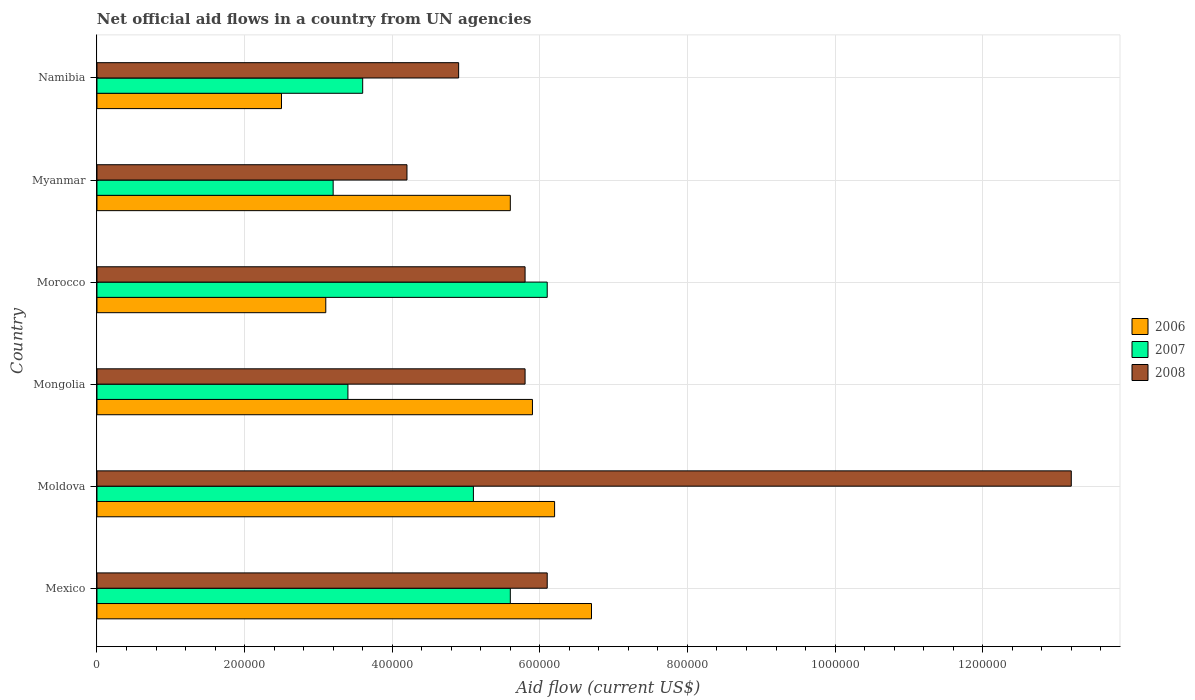
| Country | 2006 | 2007 | 2008 |
 | --- | --- | --- | --- |
 | Mexico | 6.7e+05 | 5.6e+05 | 6.1e+05 |
 | Moldova | 6.2e+05 | 5.1e+05 | 1.32e+06 |
 | Mongolia | 5.9e+05 | 3.4e+05 | 5.8e+05 |
 | Morocco | 3.1e+05 | 6.1e+05 | 5.8e+05 |
 | Myanmar | 5.6e+05 | 3.2e+05 | 4.2e+05 |
 | Namibia | 2.5e+05 | 3.6e+05 | 4.9e+05 |